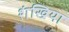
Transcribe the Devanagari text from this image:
शंखिया